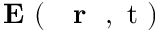
\mathrm { ~ \bf ~ E ~ } ( \mathrm { ~ { ~ \bf ~ r ~ } ~ , ~ t ~ } )